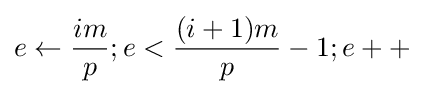
e\gets {\frac {im}{p}};e<{\frac {(i+1)m}{p}}-1;e++